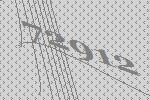
72912